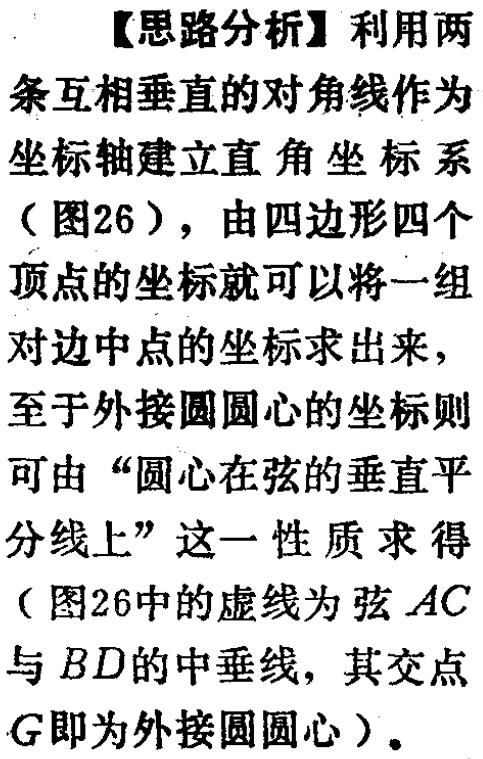
【思路分析】利用两条互相垂直的对角线作为坐标轴建立直角坐标系（图26），由四边形四个顶点的坐标就可以将一组对边中点的坐标求出来，至于外接圆圆心的坐标则可由“圆心在弦的垂直平分线上”这一性质求得（图26中的虚线为弦 \(AC\) 与 \(BD\) 的中垂线，其交点 \(G\) 即为外接圆圆心）。